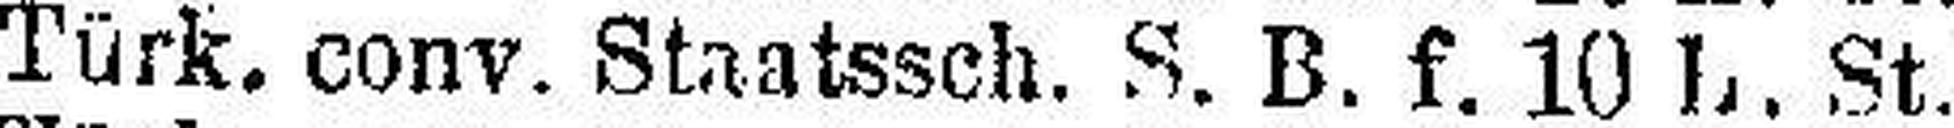
Türk. conv. Staatssch. S. B. f. 10 L. St.